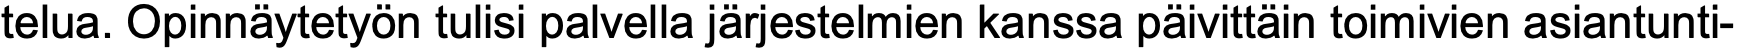
telua. Opinnäytetyön tulisi palvella järjestelmien kanssa päivittäin toimivien asiantunti-